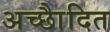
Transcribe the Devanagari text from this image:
अच्छाैदित